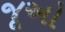
જૂઅો